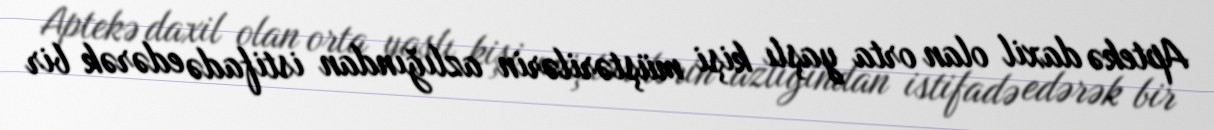
Aptekə daxil olan orta yaşlı kişi müştərilərin azlığından istifadə edərək bir